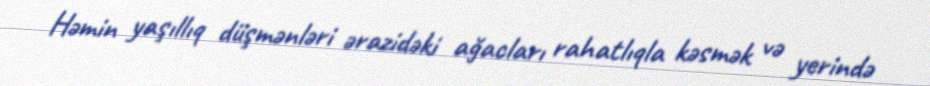
Həmin yaşıllıq düşmənləri ərazidəki ağacları rahatlıqla kəsmək və yerində